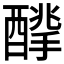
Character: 𨢙